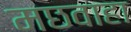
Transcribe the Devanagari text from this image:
मछवाहा